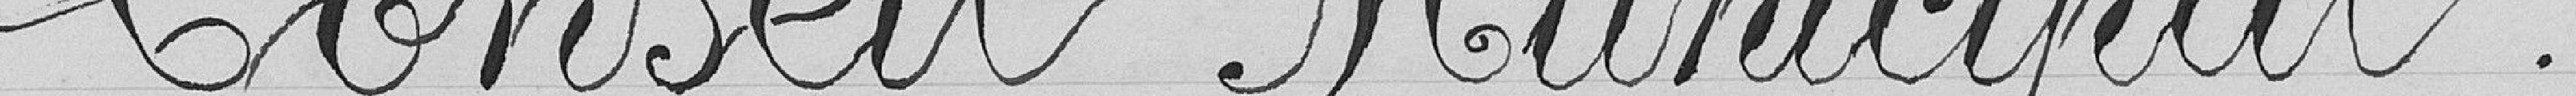
Conseil Municipal.